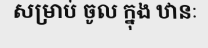
សម្រាប់ ចូល ក្នុង ឋានៈ